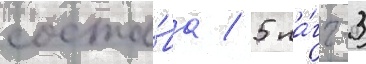
соста́ва / 5 ла́гг-3